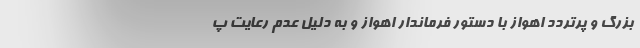
بزرگ و پرتردد اهواز با دستور فرماندار اهواز و به دلیل عدم رعایت پ